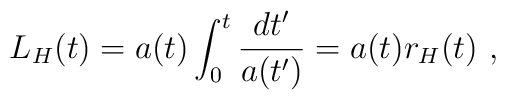
L_H(t) = a(t) \int^t_{0} \frac{dt'}{a(t')} = a(t)r_H(t) \ ,